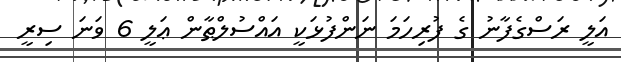
އަލީ ރަސްގެފާނު ގެ ފުރިހަމަ ނަންފުޅަކީ އައްސުލްޠާން ޢަލީ 6 ވަނަ ސިރީ